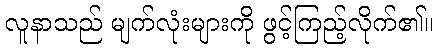
လူနာသည် မျက်လုံးများကို ဖွင့်ကြည့်လိုက်၏။